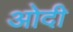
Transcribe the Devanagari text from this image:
ओदी